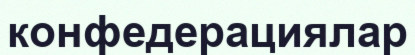
конфедерациялар